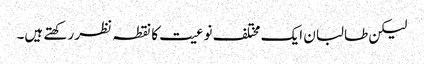
لیکن طالبان ایک مختلف نوعیت کا نقطہ نظر رکھتے ہیں۔